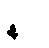
နဝါ